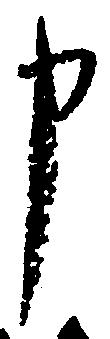
申